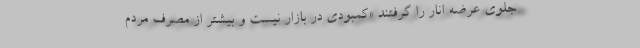
جلوی عرضه انار را گرفتند «کمبودی در بازار نیست و بیشتر از مصرف مردم